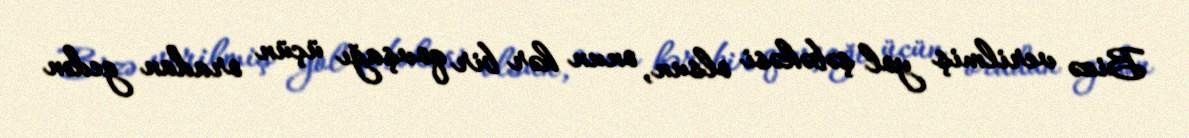
Bizə verilmiş yol şəbəkəsi olsun, onun hər bir qovşağı üçün oradan gedən